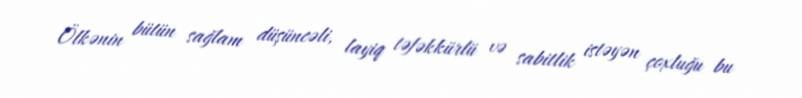
Ölkənin bütün sağlam düşüncəli, layiq təfəkkürlü və sabitlik istəyən çoxluğu bu